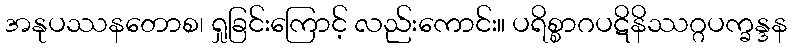
အနုပဿနတောစ၊ ရှုခြင်းကြောင့် လည်းကောင်း။ ပရိစ္စာဂပဋိနိဿဂ္ဂပက္ခန္ဒန